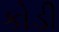
કોડી